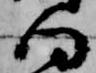
向